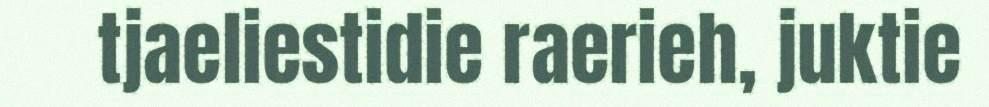
tjaeliestidie raerieh, juktie